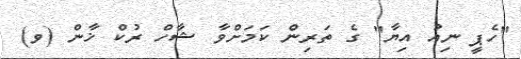
"ހެޕީ ނިއު އިޔާ" ގެ ތަރިން ކަމަށްވާ ޝާހް ރުކް ޚާން (ވ)